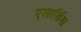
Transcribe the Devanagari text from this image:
एलार्डिस